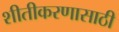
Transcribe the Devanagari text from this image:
शीतीकरणासाठी